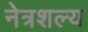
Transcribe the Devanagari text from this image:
नेत्रशल्य